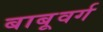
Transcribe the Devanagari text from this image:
बाबूवर्ग